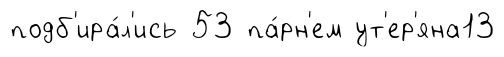
подб'ира́л'ись 53 па́рн'ем ут'ер'яна13